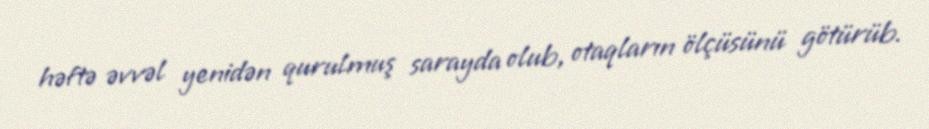
həftə əvvəl yenidən qurulmuş sarayda olub, otaqların ölçüsünü götürüb.